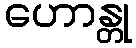
ဟောန္တု